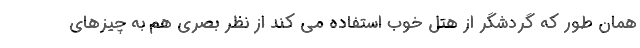
همان طور که گردشگر از هتل خوب استفاده می کند از نظر بصری هم به چیزهای